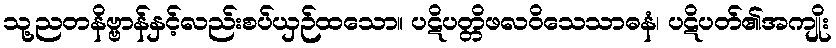
သု့ညတနိဗ္ဗာန်နှင့်လည်းစပ်ယှဉ်ထသော။ ပဋိပတ္တိဖလဝိသေသာဓနံ၊ ပဋိပတ်၏အကျိုး